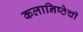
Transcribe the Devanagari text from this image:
कलानिष्ठेची